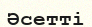
Әсетті